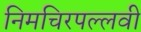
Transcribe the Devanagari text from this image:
निमचिरपल्लवी